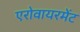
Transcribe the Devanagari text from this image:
एरोवायरमेंट